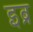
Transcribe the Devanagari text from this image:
इब्र